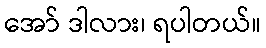
အော် ဒါလား၊ ရပါတယ်။